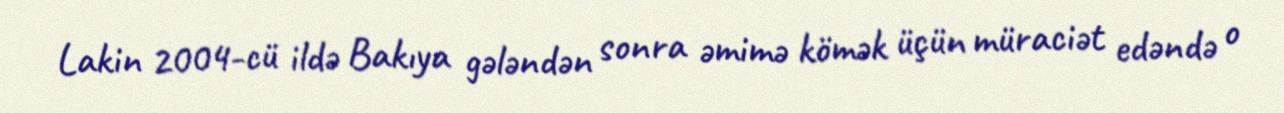
Lakin 2004-cü ildə Bakıya gələndən sonra əmimə kömək üçün müraciət edəndə o